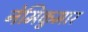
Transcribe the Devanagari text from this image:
नेमिकुमार